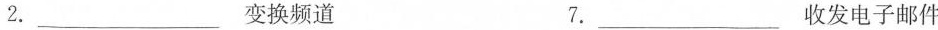
2.___变换频道 7.___收发电子邮件